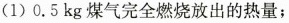
(1)0.5kg煤气完全燃烧放出的热量；